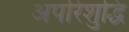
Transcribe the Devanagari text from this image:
अपरिशुद्धि